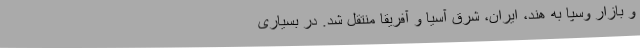
و بازار وسپا به هند، ایران، شرق آسیا و آفریقا منتقل شد. در بسیاری